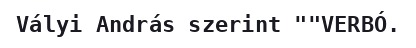
Vályi András szerint ""VERBÓ.